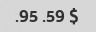
$ 59. 95.